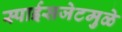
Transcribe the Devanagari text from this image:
स्पाईसजेटमुळे